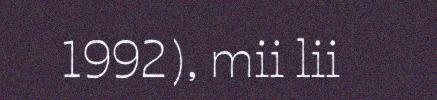
1992), mii lii